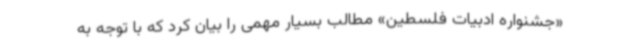
«جشنواره ادبیات فلسطین» مطالب بسیار مهمی را بیان کرد که با توجه به